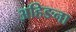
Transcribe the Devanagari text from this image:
अहिङना